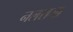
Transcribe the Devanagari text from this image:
नलराजा